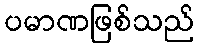
ပမာဏဖြစ်သည်